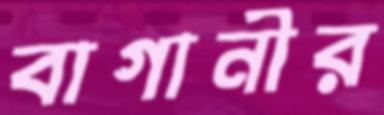
বাগানীর